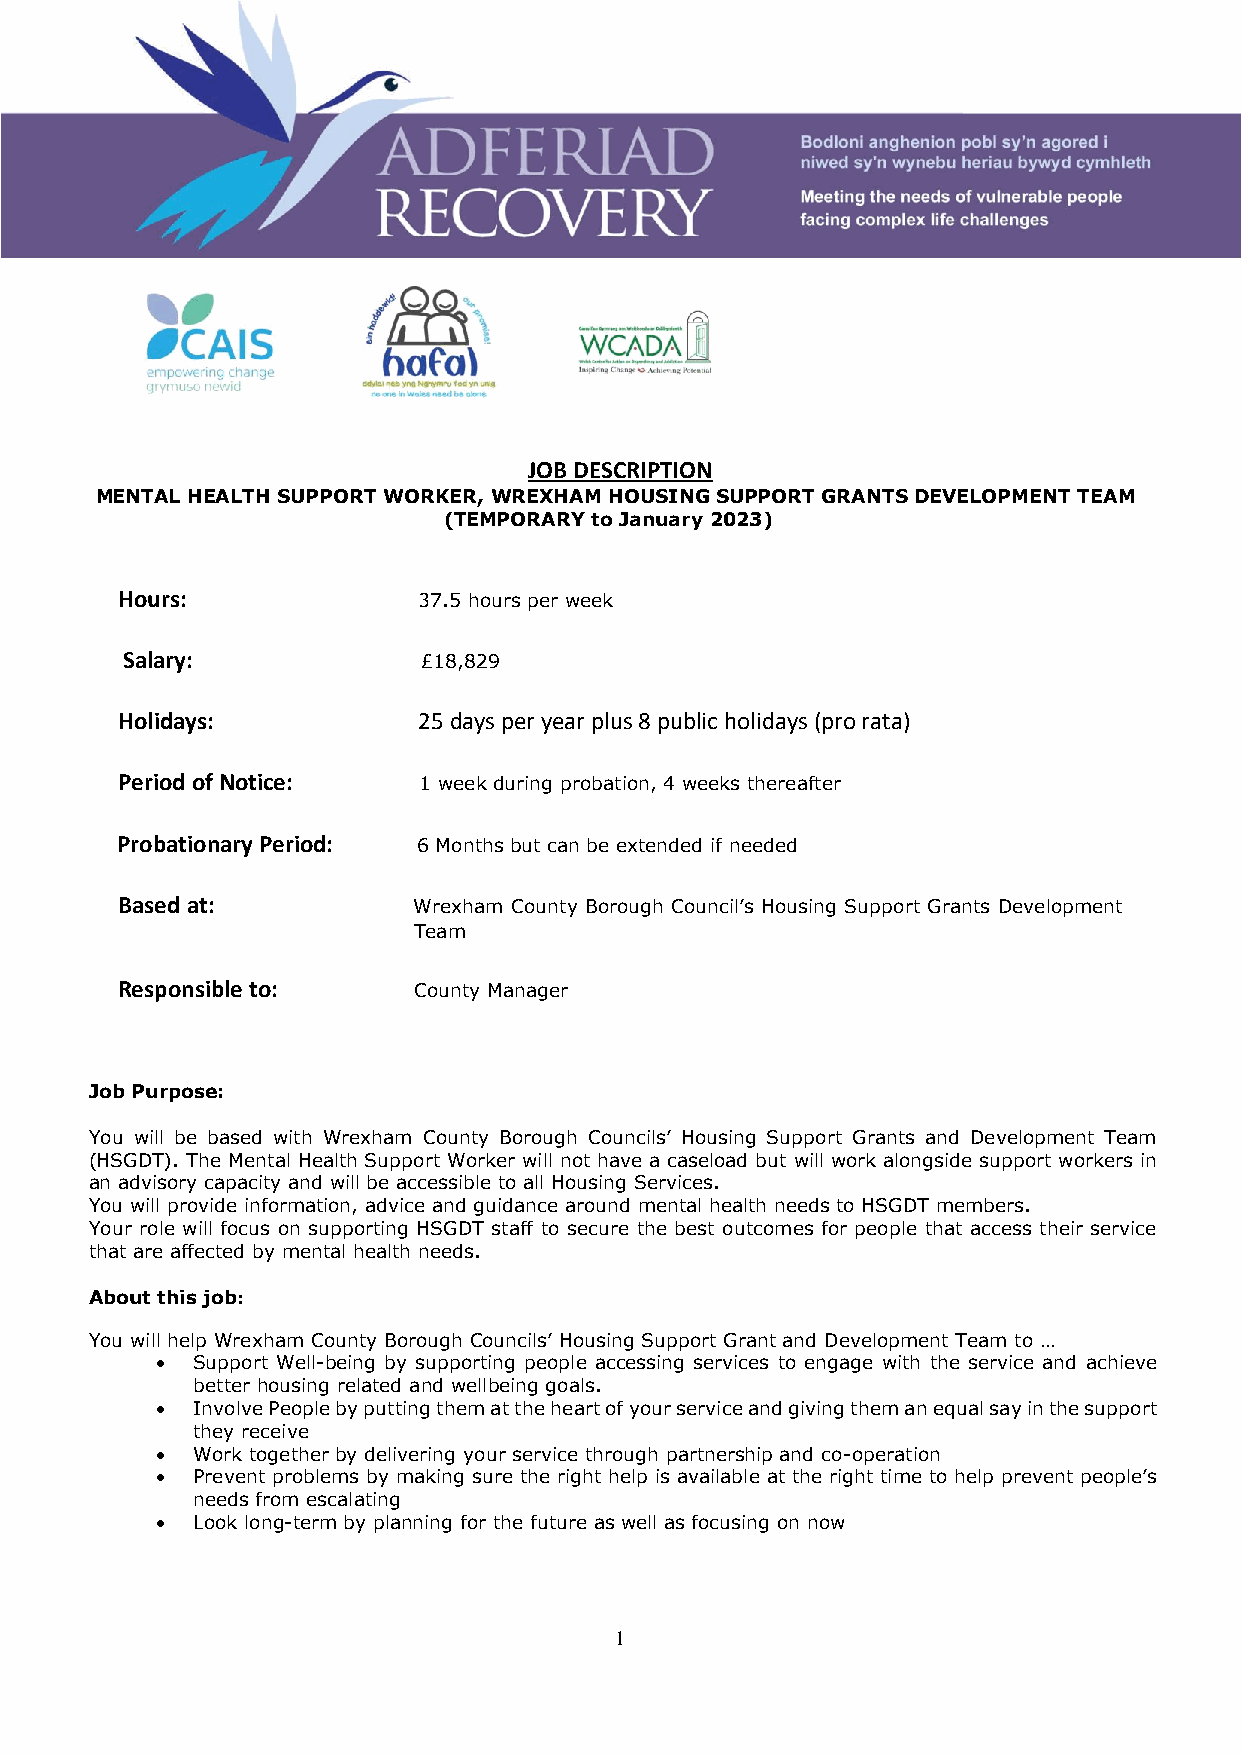
JOB DESCRIPTION
 MENTAL HEALTH SUPPORT WORKER, WREXHAM HOUSING SUPPORT GRANTS DEVELOPMENT TEAM
 (TEMPORARY to January 2023)
 Hours:              37.5 hours per week
 Salary:             £18,829
 Holidays:           25 days per year plus 8 public holidays (pro rata)
 Period of Notice:   1 week during probation, 4 weeks thereafter
 Probationary Period: 6 Months but can be extended if needed
 Based at:          Wrexham County Borough Council’s Housing Support Grants Development
 Team
 Responsible to:    County Manager
 Job Purpose:
 You will be based with Wrexham County Borough Councils’ Housing Support Grants and Development Team
 (HSGDT). The Mental Health Support Worker will not have a caseload but will work alongside support workers in
 an advisory capacity and will be accessible to all Housing Services.
 You will provide information, advice and guidance around mental health needs to HSGDT members.
 Your role will focus on supporting HSGDT staff to secure the best outcomes for people that access their service
 that are affected by mental health needs.
 About this job:
 You will help Wrexham County Borough Councils’ Housing Support Grant and Development Team to …
 •  Support Well-being by supporting people accessing services to engage with the service and achieve
 better housing related and wellbeing goals.
 •  Involve People by putting them at the heart of your service and giving them an equal say in the support
 they receive
 •  Work together by delivering your service through partnership and co-operation
 •  Prevent problems by making sure the right help is available at the right time to help prevent people’s
 needs from escalating
 •  Look long-term by planning for the future as well as focusing on now
 1